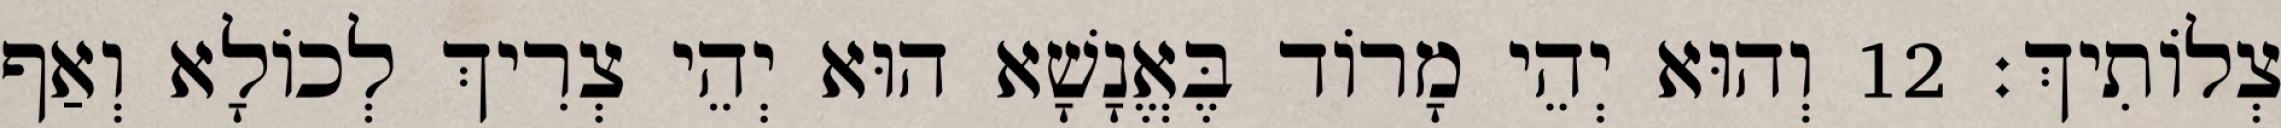
צְלוֹתִיךְ׃ 12 וְהוּא יְהֵי מָרוֹד בֶּאֱנָשָׁא הוּא יְהֵי צְרִיךְ לְכוֹלָא וְאַף